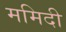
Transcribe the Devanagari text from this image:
ममिदी